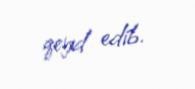
qeyd edib.